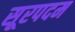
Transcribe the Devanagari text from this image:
सूरपदम